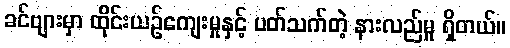
ခင်ဗျားမှာ ထိုင်းယဉ်ကျေးမှုနှင့် ပတ်သက်တဲ့ နားလည်မှု ရှိတယ်။